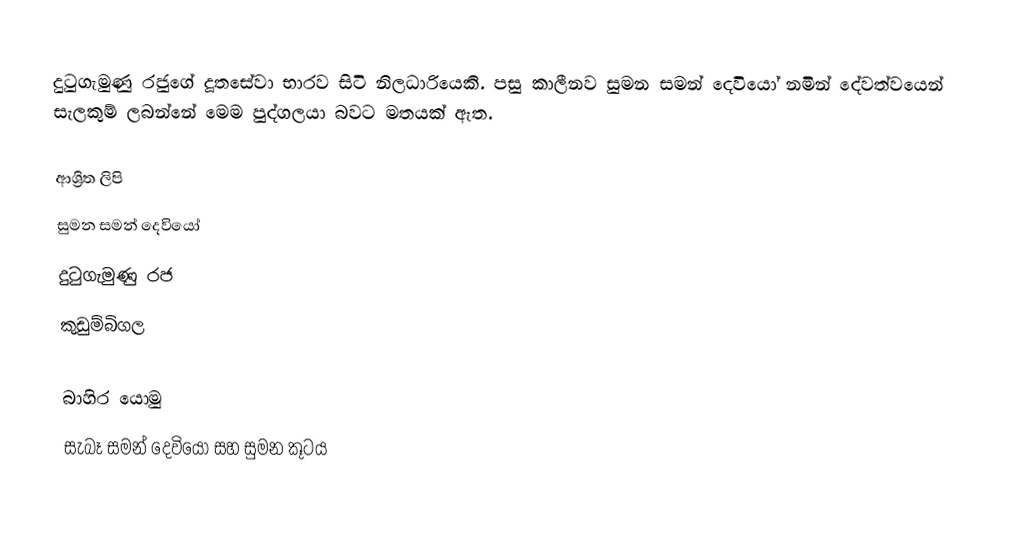
දුටුගැමුණු රජුගේ දූතසේවා භාරව සිටි නිලධාරියෙකි. පසු කාලීනව සුමන සමන් දෙවියෝ නමින් දේවත්වයෙන් සැලකුම් ලබන්නේ මෙම පුද්ගලයා බවට මතයක් ඇත.

ආශ්‍රිත ලිපි
සුමන සමන් දෙවියෝ
 දුටුගැමුණු රජ
 කුඩුම්බිගල

බාහිර යොමු
 සැබෑ සමන් දෙවියෝ සහ සුමන කූටය